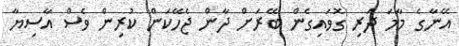
އޭނާގެ މާމަ ދަރި ގޮވައިގެން ބޭރަށް ދާން ޖެހޭކަން ކުރިން ވެސް އާސިޔާ